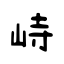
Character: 峙